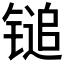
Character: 𬭨